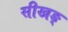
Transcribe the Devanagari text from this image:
सीखङ्